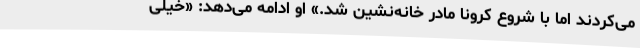
می‌کردند اما با شروع کرونا مادر خانه‌نشین شد.» او ادامه می‌دهد: «خیلی